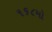
૧૬૮મો